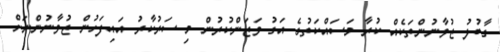
ގާބުލު ޒުވާނުންތަކެއް ކުރާ މަސައްކަތުގެ އަގު ވަޒަންކުރުން މި ސަރުކާރު އައިފަހުން ޒުވާނުންނަށް